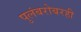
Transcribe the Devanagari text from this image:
पुलंबरोबरही